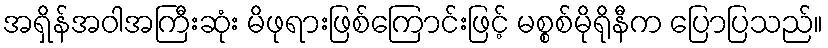
အရှိန်အဝါအကြီးဆုံး မိဖုရားဖြစ်ကြောင်းဖြင့် မစ္စစ်မိုရိုနီက ပြောပြသည်။